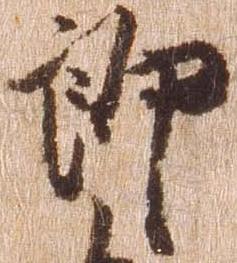
郎